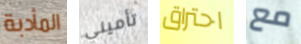
المأدبة تأميني احتراق مع